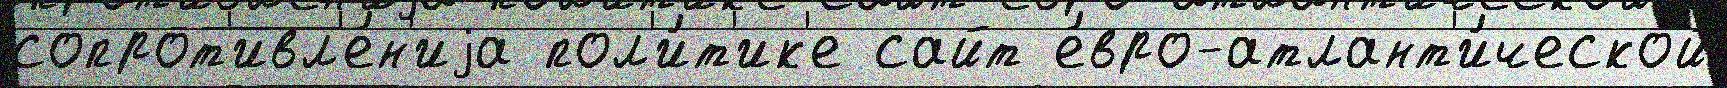
сопрот'ивл'е́н'иjа пол'и́т'ик'е сайт е́вро-атлант'и́ческой